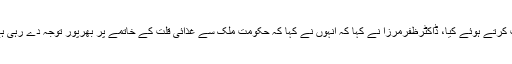
ان خیالات کا اظہار انہوں نے عالمی یوم انسداد تمباکو نوشی کے موقع پر ایک سیمینار سے خطاب کرتے ہوئے کیا، ڈاکٹرظفرمرزا نے کہا کہ انہوں نے کہا کہ حکومت ملک سے غذائی قلت کے خاتمے پر بھرپور توجہ دے رہی ہے اور خصوصی طور پر تمباکو نوشی پر قابو پانے کے لیے حکومت سنجیدہ اقدامات کررہی ہے۔